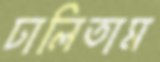
ঢালিতাম